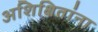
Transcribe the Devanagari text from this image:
अशिक्षितांना